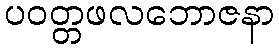
ပဝတ္တဖလဘောဇနာ